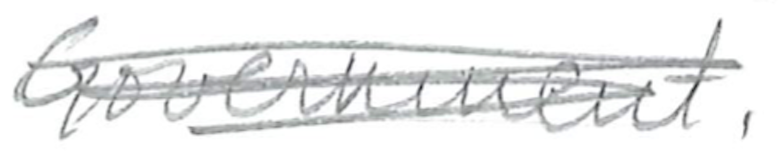
Text: Government.
Cross-out: scratch
Writing tool: pencil